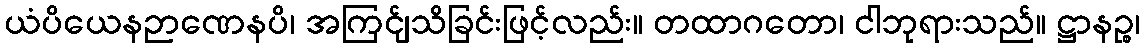
ယံပိယေနဉာဏေနပိ၊ အကြင်ျသိခြင်းဖြင့်လည်း။ တထာဂတော၊ ငါဘုရားသည်။ ဋ္ဌာနဉ္စ၊